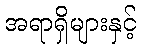
အရာရှိများနှင့်